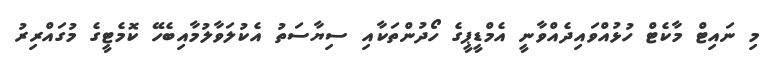
މި ނައިޓް މާކެޓް ހުޅުއްވައިދެއްވާނީ އެމްޑީޕީގެ ހޯދުންތަކާއި ސިޔާސަތު އެކުލަވާލުމާއިބެހޭ ކޮމެޓީގެ މުގައްރިރު